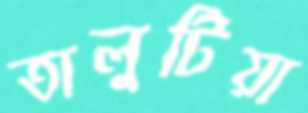
তালুটিয়া